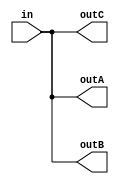
// SPDX-FileCopyrightText: 2023 Board of Regents, The University of Texas System
// SPDX-FileAttributionText: <text>This software was developed with government support under Grant no. DE-SC0023055 awarded by the Department of Energy. The government has certain rights in the copyright.</text>
//
// SPDX-License-Identifier: BSD-3-Clause

module fanout #(
  parameter WIDTH = 1
)(
  input wire  [WIDTH-1:0] in,
  output wire [WIDTH-1:0] outA,
  output wire [WIDTH-1:0] outB,
  output wire [WIDTH-1:0] outC
);
  assign outA = in;
  assign outB = in;
  assign outC = in;
endmodule